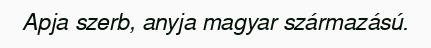
Apja szerb, anyja magyar származású.